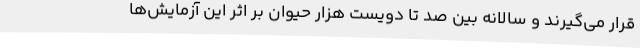
قرار می‌گیرند و سالانه بین صد تا دویست هزار حیوان بر اثر این آزمایش‌ها